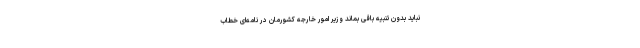
نباید بدون تنبیه باقی بماند وزیر امور خارجه کشورمان در نامه‌ای خطاب